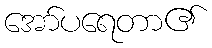
အော်ပရေတာ၏